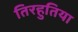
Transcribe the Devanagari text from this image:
तिरहुतिया